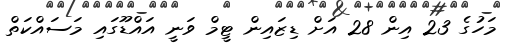
މަހުގެ 23 އިން 28 އަށް ޑިޒައިން ޓީމް ވަނީ އައްޑޫގައި މަސައްކަތް